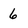
Character: 6